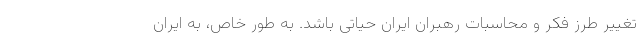
تغییر طرز فکر و محاسبات رهبران ایران حیاتی باشد. به طور خاص، به ایران